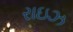
રાઇઝ